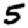
Digit: 5